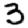
Digit: 3